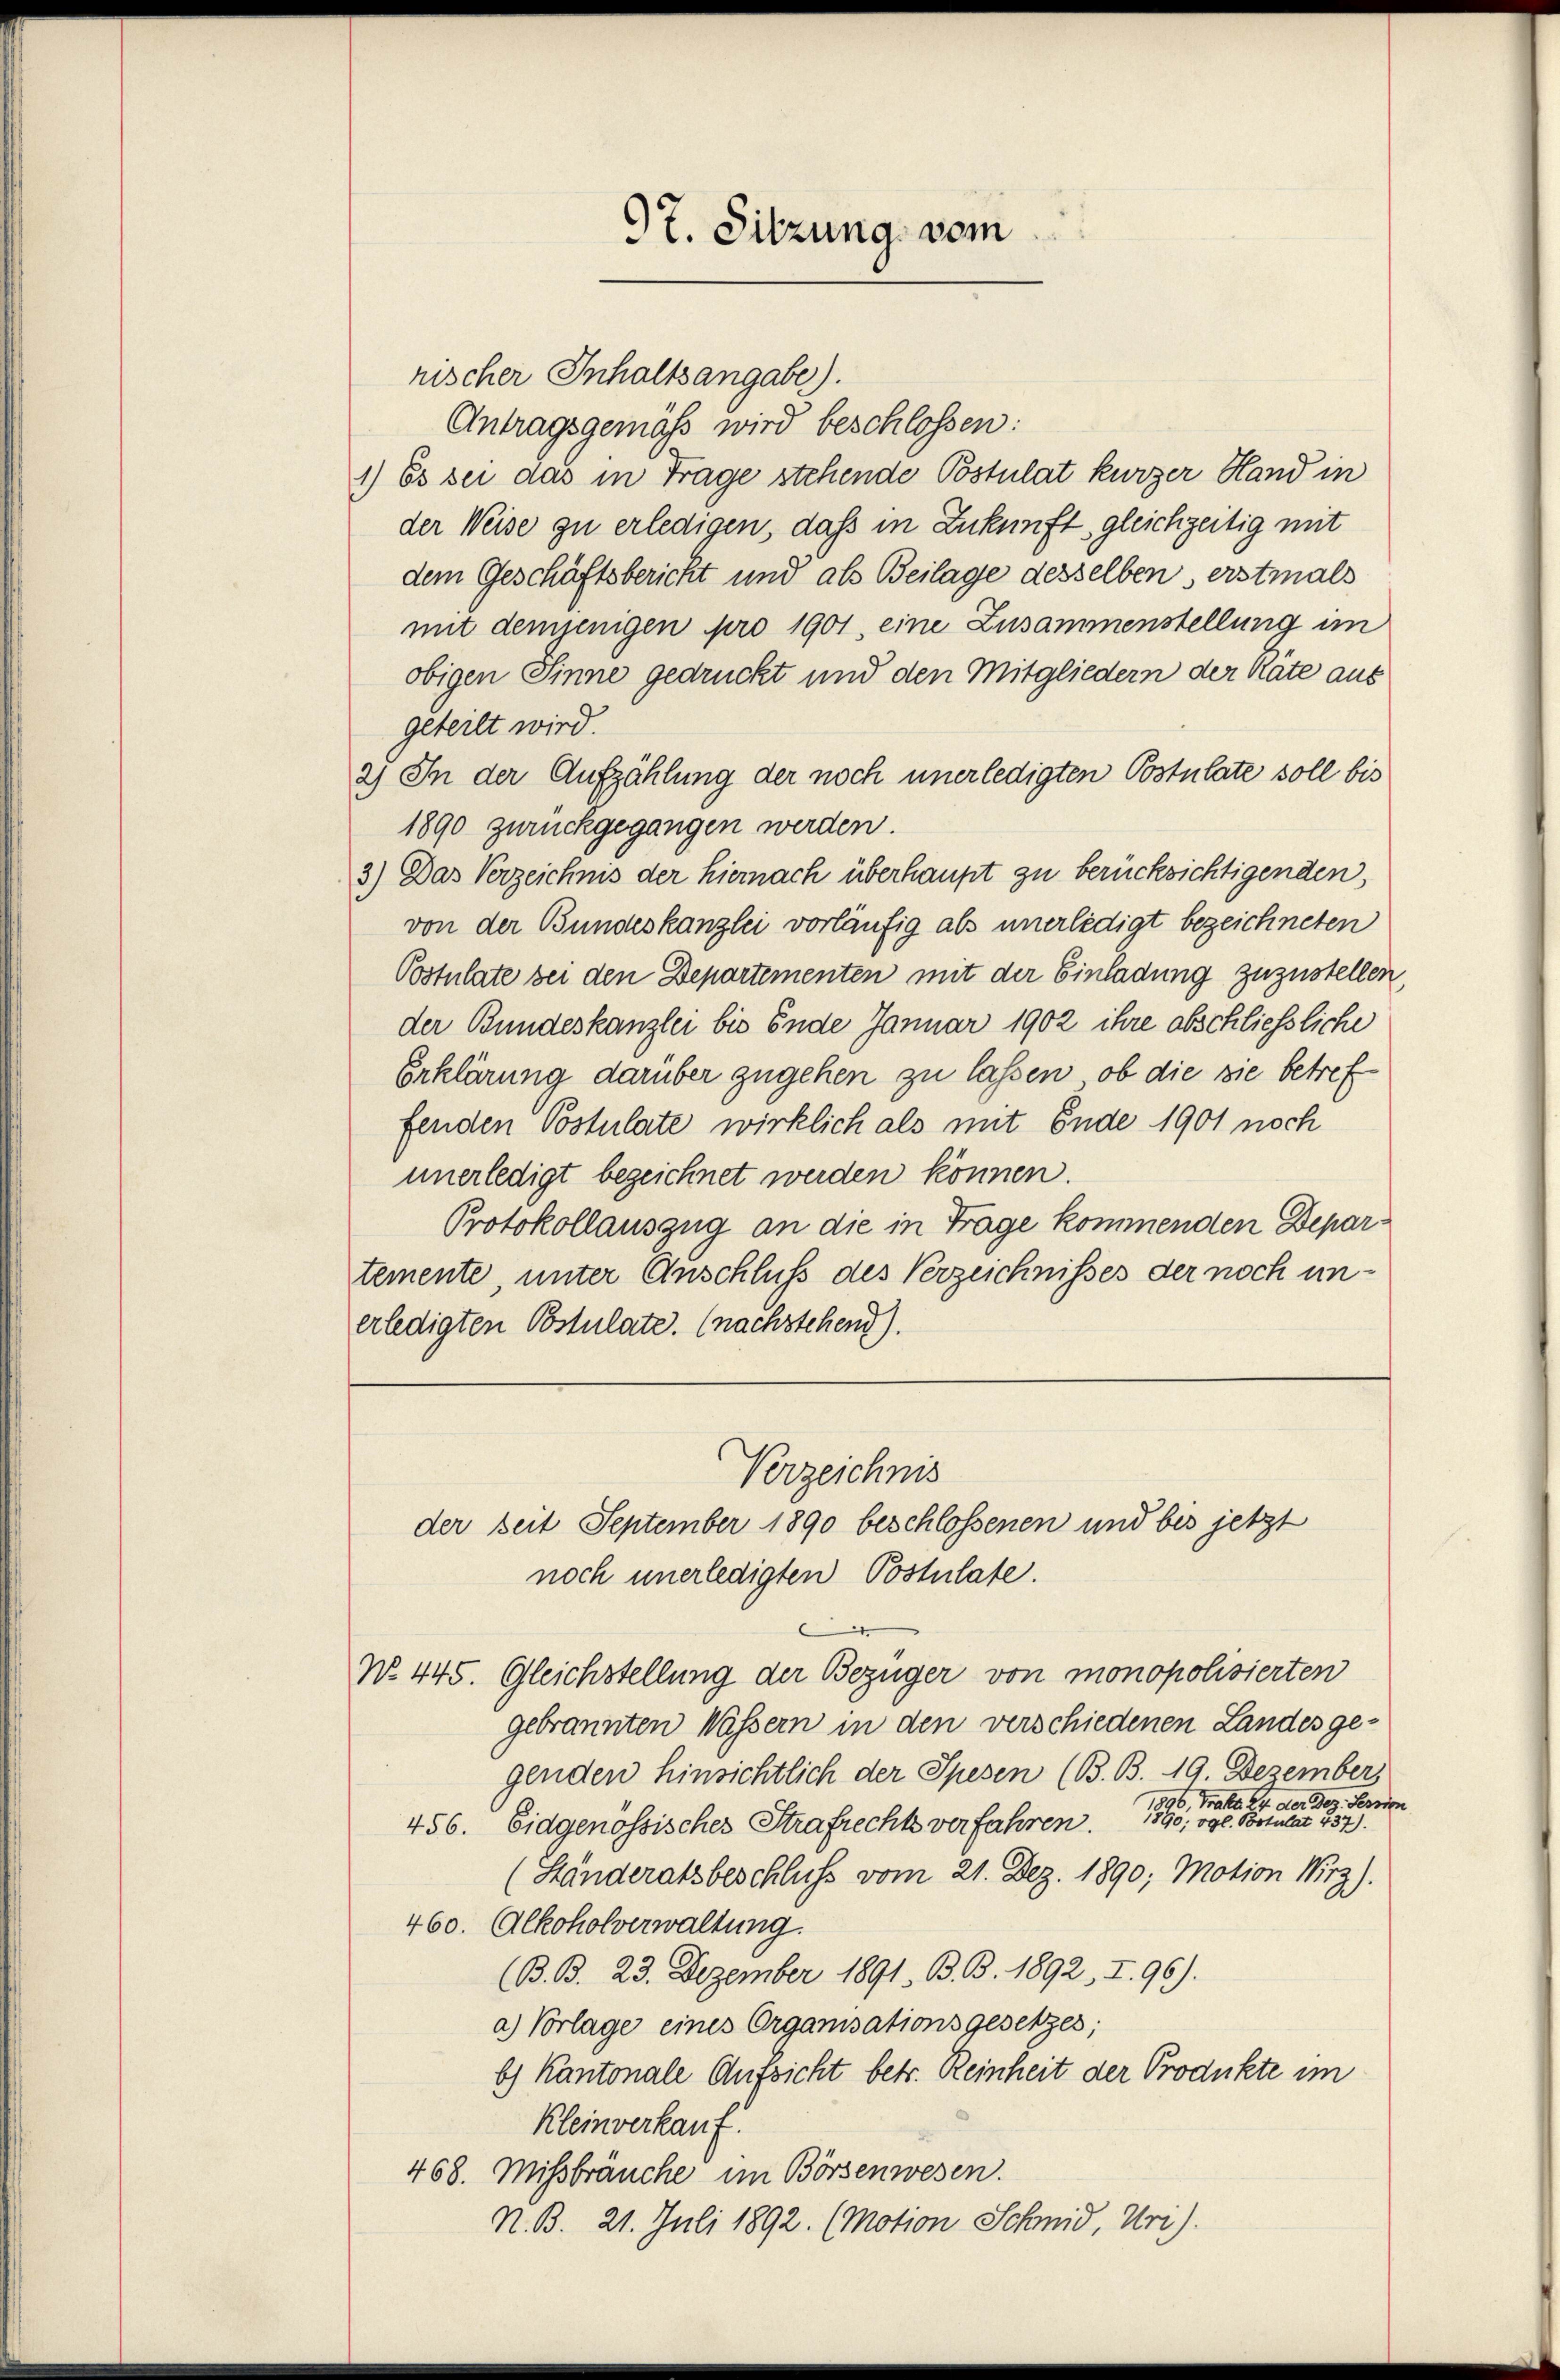
97. Sitzung vom

rischer Inhaltsangabe).
Antragsgemäß wird beschlossen:
1) Es sei das in Frage stehende Postulat kurzer Hand in
der Weise zu erledigen, dass in Zukunft gleichzeitig mit
dem Geschäftsbericht und als Beilage desselben erstmals
mit demjenigen pro 1901, eine Zusammenstellung im
obigen Sinne gedruckt und den Mitgliedern der Räte aus
geteilt wird.
2) In der Aufzählung der noch unerledigten Postulate soll bis
1890 zurückgegangen werden.
3) Das Verzeichnis der hiernach überhaupt zu berücksichtigenden,
von der Bundeskanzlei vorläufig als unerledigt bezeichneten
Postulate bei den Departementen mit der Einladung zuzustellen,
der Bundeskanzlei bis Ende Januar 1902 ihre abschliessliche
Erklärung darüber zugehen zu lassen, ob die sie betreffenden Postulate wirklich als mit Ende 1901 noch
unerledigt bezeichnet werden können.
Protokollauszug an die in Frage kommenden Departemente, unter Anschluss des Verzeichnisses der noch unerledigten Postulate. (nachstehend).
Verzeichnis
der seit September 1890 beschlossenen und bis jetzt
noch unerledigten Postulate.
No. 445. Gleichstellung der Bezüger von monopolisierten
gebrannten Wässern in den verschiedenen Landes ge-
genden hinsichtlich der Spesen (B. B. 19. Dezember
896, Trakt. 14 der Dez. Fernen
456. Eidgenössisches Strafrechts verfahren. 1890; vgl. Postulat 437.
(Ständeratsbeschluss vom 21. Dez. 1890; Motion Wirz).
460. Alkoholverwaltung.
(B. B. 23. Dezember 1891. B. B. 1892, I. 96).
a) Vorlage eines Organisationsgesetzes;
b) Kantonale Aufsicht betr. Reinheit der Produkte im
Kleinverkauf.
468. Missbräuche im Börsenwesen.
N. B. 21. Juli 1892. (Motion Schmid, Uri).